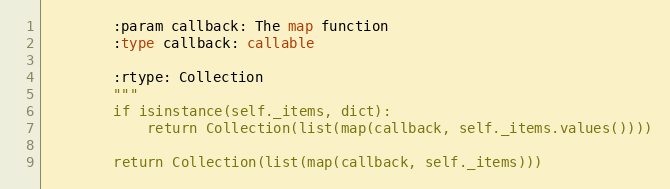
Language: Python
        :param callback: The map function
        :type callback: callable

        :rtype: Collection
        """
        if isinstance(self._items, dict):
            return Collection(list(map(callback, self._items.values())))

        return Collection(list(map(callback, self._items)))